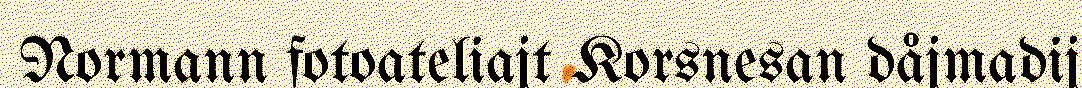
Normann fotoateliajt Korsnesan dåjmadij